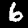
Label: 6